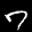
Label: 7